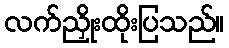
လက်ညှိုးထိုးပြသည်။